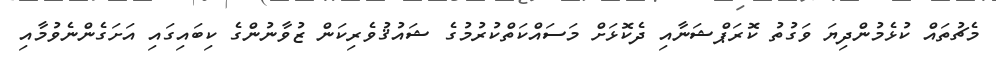
މެޗުތައް ކުޅެމުންދިޔަ ވަގުތު ކޮރަޕްޝަނާއި ދެކޮޅަށް މަސައްކަތްކުރުމުގެ ޝައުޤުވެރިކަން ޒުވާނުންގެ ކިބައިގައި އަށަގެންނެވުމާއި